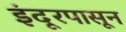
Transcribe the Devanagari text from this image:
इंदूरपासून